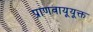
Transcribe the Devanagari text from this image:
प्राणवायूयूक्त